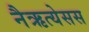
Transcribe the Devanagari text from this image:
नैऋत्येसस